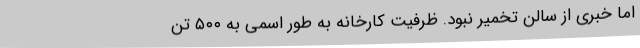
اما خبری از سالن تخمیر نبود. ظرفیت کارخانه به طور اسمی به ۵۰۰ تن